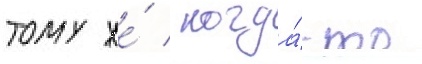
тому же́ / когда́-то